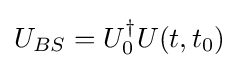
U_{BS}=U_{0}^{\dagger }U(t,t_{0})